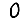
Digit: 0